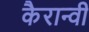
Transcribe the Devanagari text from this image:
कैरान्वी